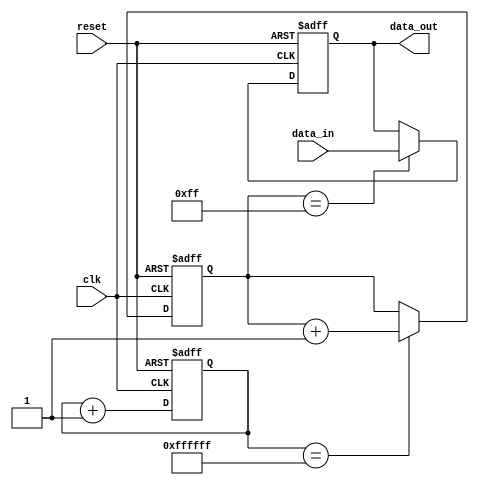
module ethernet_bus_controller (
    input wire clk, // main clock signal
    input wire reset, // reset signal
    input wire data_in, // input data signal
    output reg data_out // output data signal
);

reg [31:0] counter; // counter for timing requirements
reg [7:0] divider; // clock divider

// Timing generator block
always @(posedge clk or posedge reset) begin
    if (reset) begin
        counter <= 32'h0; // reset counter
    end else begin
        counter <= counter + 1; // increment counter
    end
end

// Clock divider block
always @(posedge clk or posedge reset) begin
    if (reset) begin
        divider <= 8'h0; // reset divider
    end else begin
        if (counter == 32'hFFFFFF) begin
            divider <= divider + 1; // increment divider
        end
    end
end

// Synchronization logic block
always @(posedge clk or posedge reset) begin
    if (reset) begin
        data_out <= 1'b0; // reset output data signal
    end else begin
        if (divider == 8'hFF) begin
            data_out <= data_in; // synchronize input data to output data
        end
    end
end

endmodule